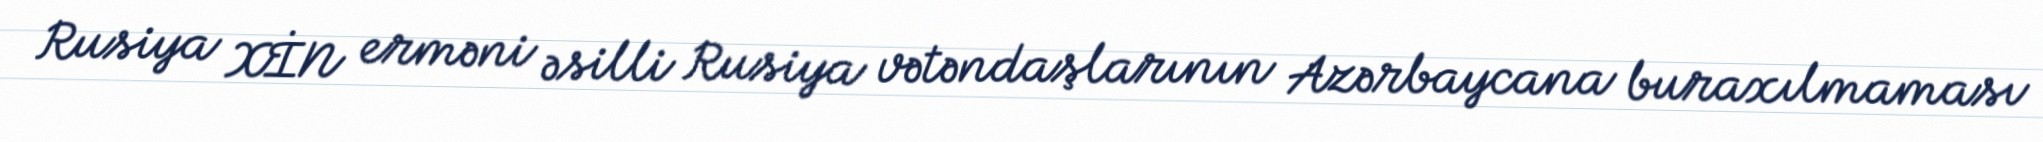
Rusiya XİN erməni əsilli Rusiya vətəndaşlarının Azərbaycana buraxılmaması